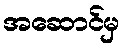
အဆောင်မှ